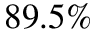
8 9 . 5 \%